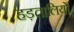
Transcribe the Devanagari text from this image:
हड़तालियों